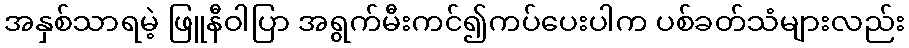
အနှစ်သာရမဲ့ ဖြူနီဝါပြာ အရွက်မီးကင်၍ကပ်ပေးပါက ပစ်ခတ်သံများလည်း